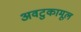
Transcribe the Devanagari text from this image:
अवटुकामूल